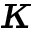
\kappa